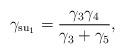
LaTeX: \begin{align*} \gamma_{\mathrm{su}_1} = \frac{\gamma_3\gamma_4}{\gamma_3+\gamma_5},\end{align*}